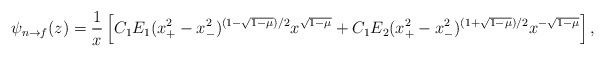
\begin{align*}\psi_{n \to f}(z) = {1 \over x} \left [ C_1 E_1 (x_+^2 - x_-^2)^{(1-\sqrt{1-\mu})/2} x^{\sqrt{1-\mu}} +C_1 E_2 (x_+^2 - x_-^2)^{(1+\sqrt{1-\mu})/2} x ^{-\sqrt{1-\mu}} \right ],\end{align*}